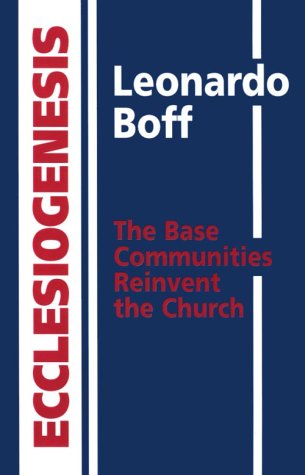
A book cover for Ecclesiogenesis: The Base Communities Reinvent the Church; Leonardo Boff; Christian Books & Bibles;